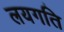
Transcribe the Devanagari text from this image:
लयगति